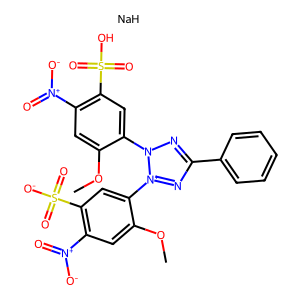
SMILES: COc1cc([N+](=O)[O-])c(S(=O)(=O)O)cc1-n1nc(-c2ccccc2)n[n+]1-c1cc(S(=O)(=O)[O-])c([N+](=O)[O-])cc1OC.[NaH]
Inhibits HIV replication: No